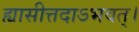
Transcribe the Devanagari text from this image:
ह्यासीत्तदाऽभवत्।